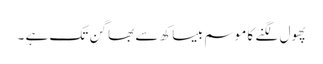
پھول لگنے کا موسم بیساکھ سے بھاگن تک ہے ۔